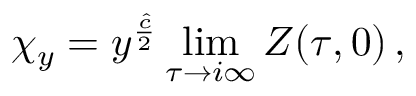
\chi _ { y } = y ^ { \frac { \hat { c } } { 2 } } \operatorname * { l i m } _ { \tau \rightarrow i \infty } Z ( \tau , 0 ) \, ,